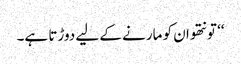
‘‘ تو نتھو ان کو مارنے کے لیے دوڑتا ہے۔